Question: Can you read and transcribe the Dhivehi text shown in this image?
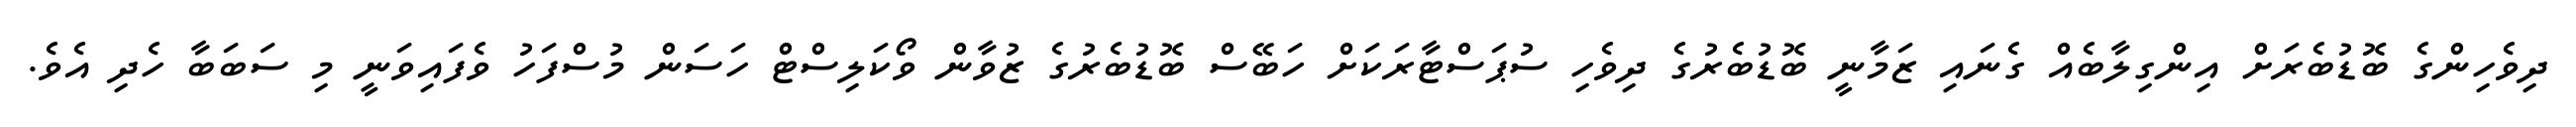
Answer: ދިވެހިންގެ ބޮޑުބެރަށް އިންގިލާބެއް ގެނައި ޒަމާނީ ބޮޑުބެރުގެ ދިވެހި ސުޕަސްޓާރަކަށް ހަބޭސް ބޮޑުބެރުގެ ޒުވާން ވޯކަލިސްޓް ހަސަން މުސްފަހު ވެފައިވަނީ މި ސަބަބާ ހެދި އެވެ.